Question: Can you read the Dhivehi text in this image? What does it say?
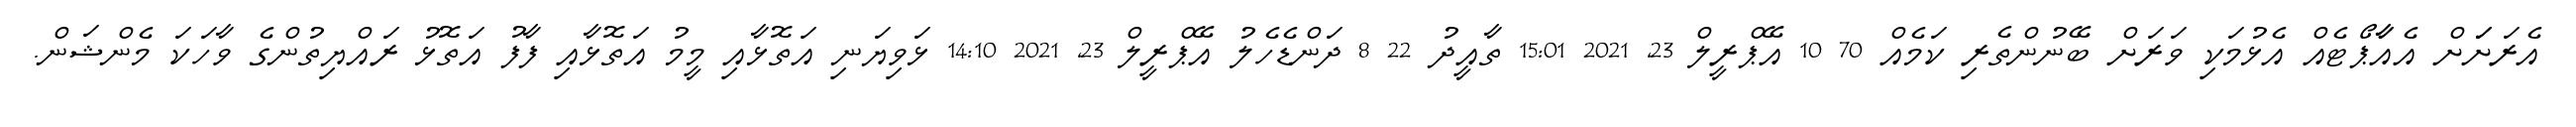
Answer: އެރަށަަށް އެއާާޕޯޓެއް އެޅުމަކި ވަރަށް ބޭނުންތެރި ކަމެއް 70 10 އޭޕްރީލް 23, 2021 15:01 ތާއީދު 22 8 ދަންޑެހެލު އޭޕްރީލް 23, 2021 14:10 ޅަވިޔަނި އަތޮޅާއި މީމު އަތޮޅާއި ފާފު އަތޮޅު ރައްޔިތުންގެ ވާހަކަ މެންޝަން.